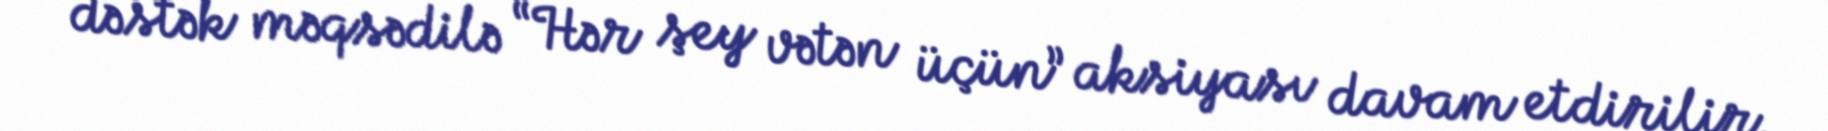
dəstək məqsədilə “Hər şey vətən üçün” aksiyası davam etdirilir.